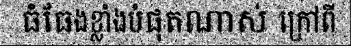
ធំធែងខ្លាំងបំផុតណាស់ ក្រៅពី